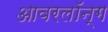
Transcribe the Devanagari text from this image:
आवरलॉन्ग